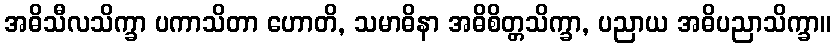
အဓိသီလသိက္ခာ ပကာသိတာ ဟောတိ, သမာဓိနာ အဓိစိတ္တသိက္ခာ, ပညာယ အဓိပညာသိက္ခာ။